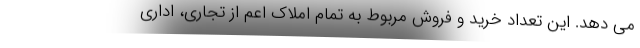
می دهد. این تعداد خرید و فروش مربوط به تمام املاک اعم از تجاری، اداری